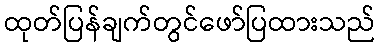
ထုတ်ပြန်ချက်တွင်ဖော်ပြထားသည်